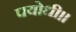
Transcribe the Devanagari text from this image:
पयोधी।।